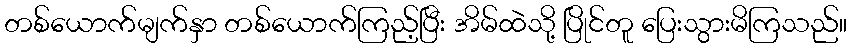
တစ်ယောက်မျက်နှာ တစ်ယောက်ကြည့်ပြီး အိမ်ထဲသို့ ပြိုင်တူ ပြေးသွားမိကြသည်။